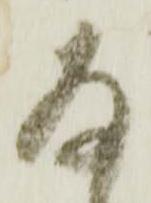
存